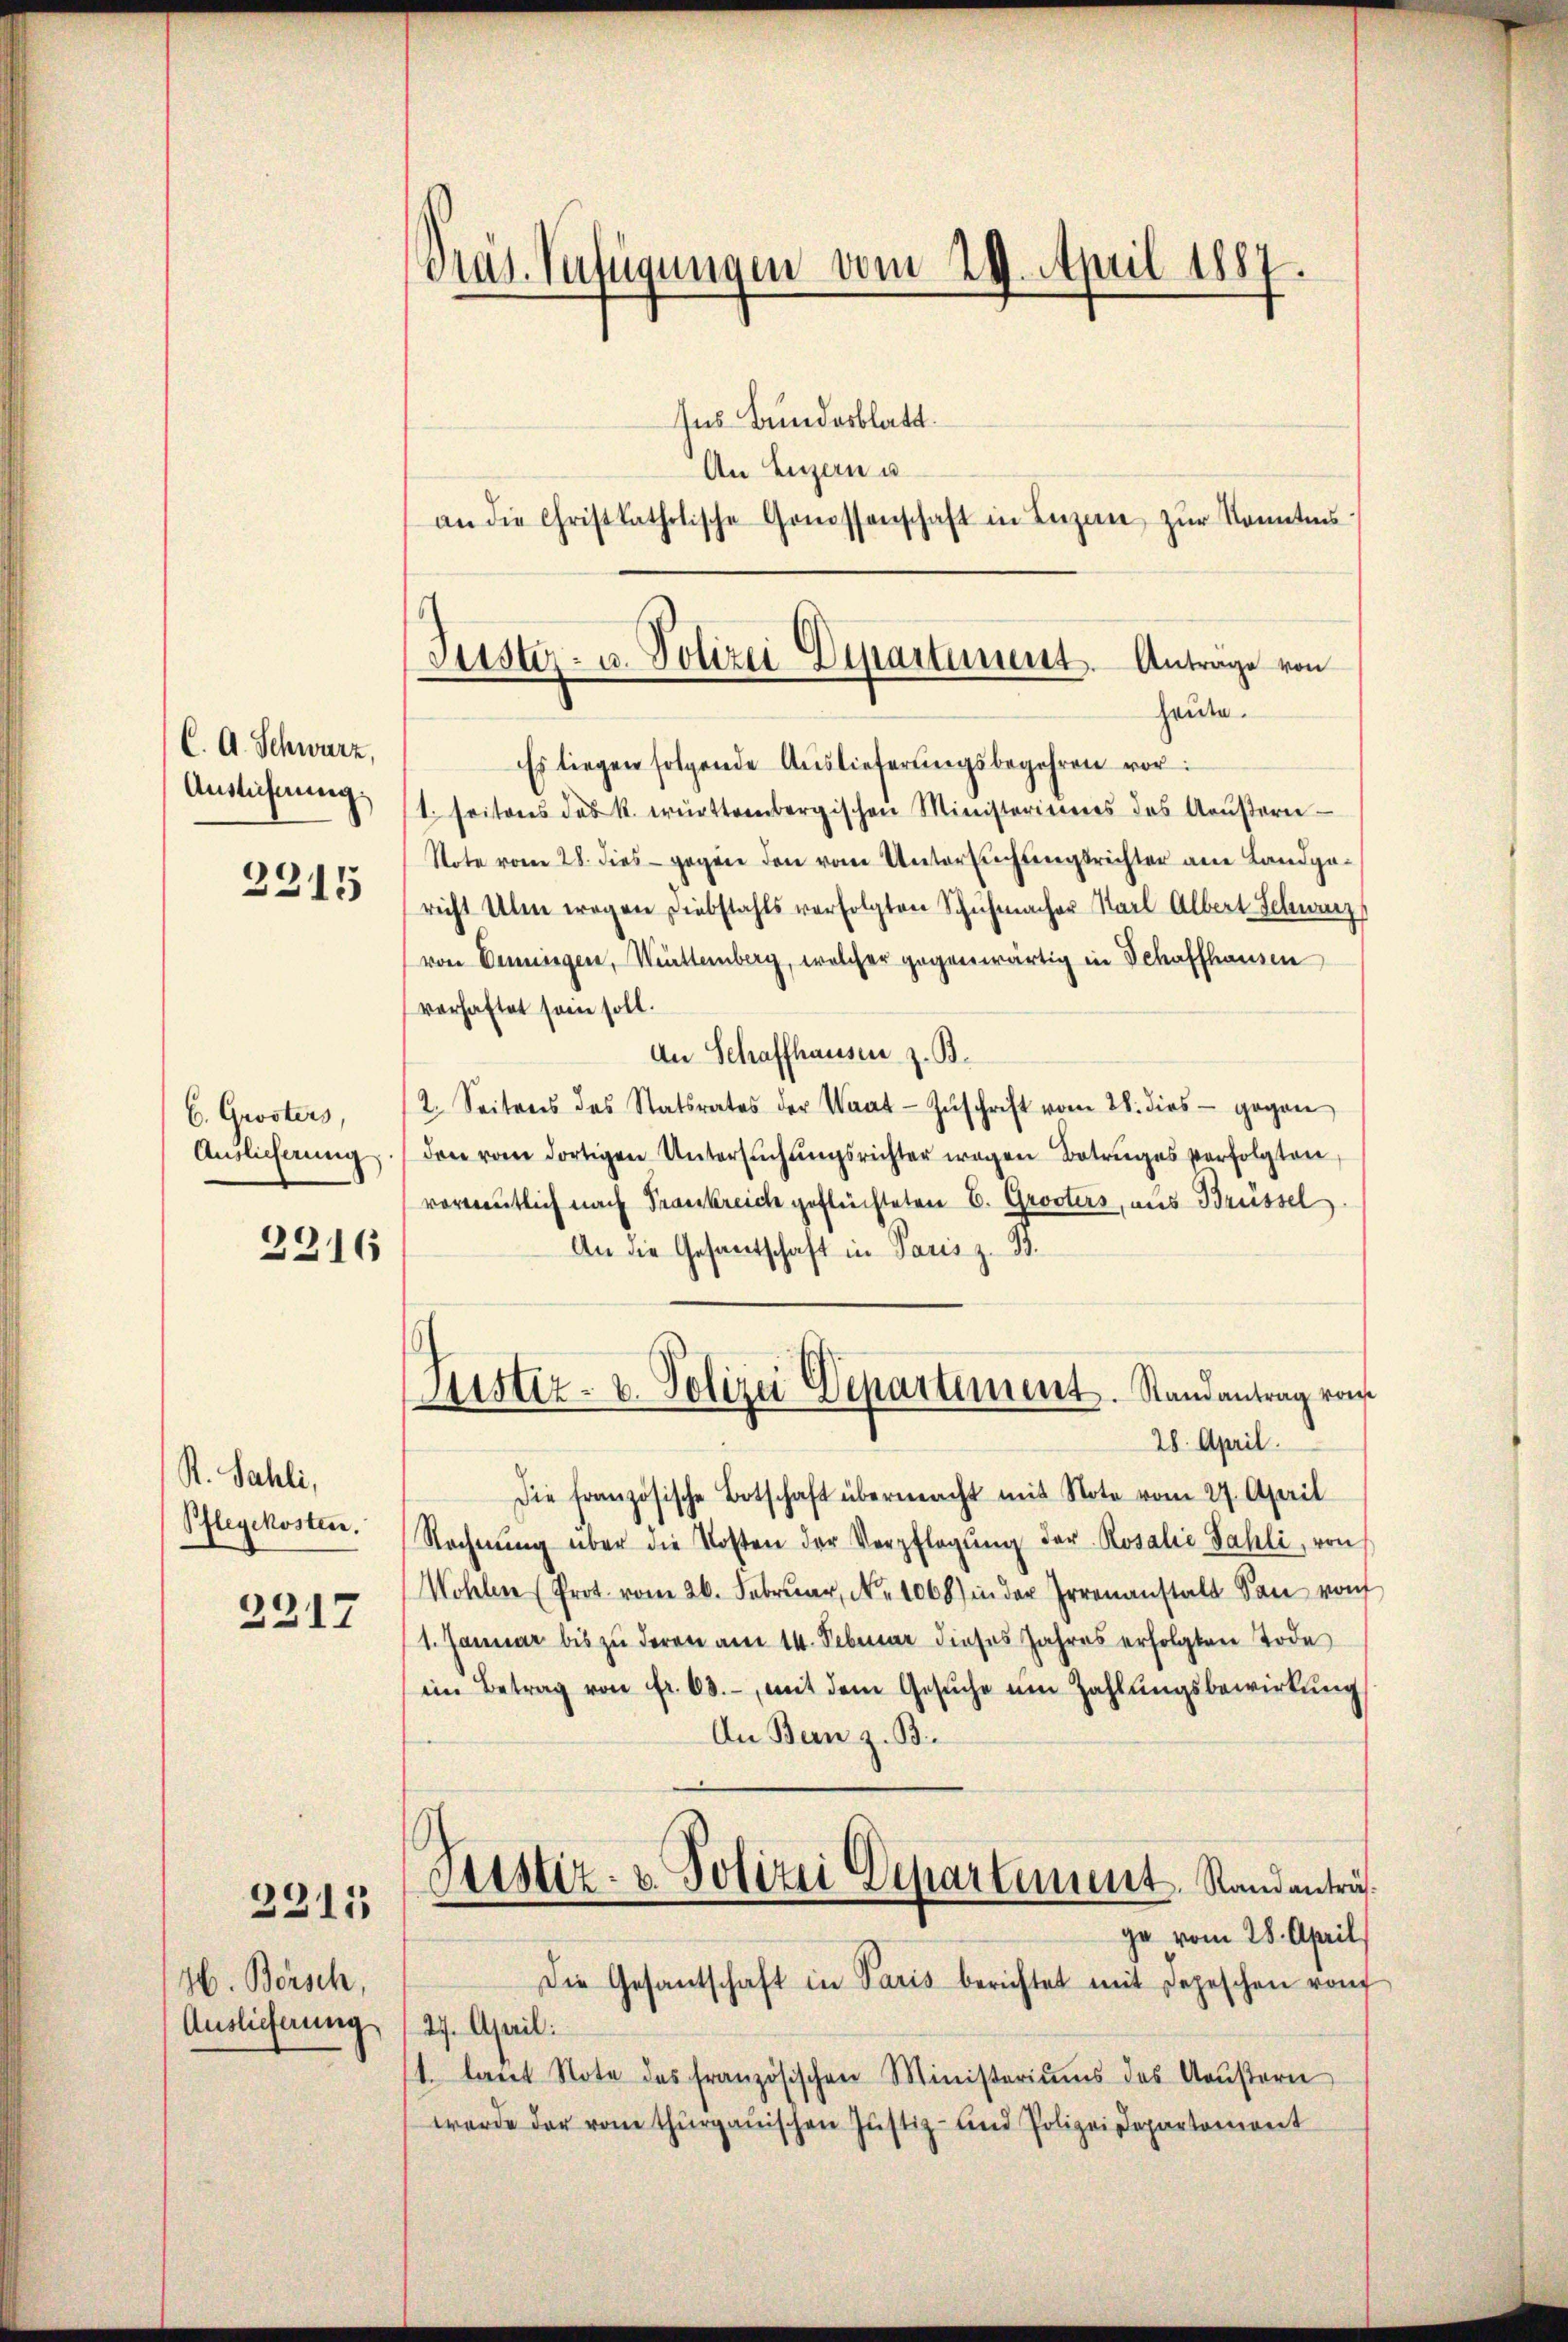
C. A. Schwarz,
Aussicherung.

2315

C. Grösters,
Auslieferung

2316

R. Sahli,
Pflegekosten.

2317

2315

H. Bersch,
Auslieferung

Vrat. Verfügungen vom 29. April 1887.

Jüster- u. Polizei Dipartement. Antrage von
heute.

Ins Bundesblatt.
An Luzern u.
an die Christkatholische Genossenschaft in Luzern zŭr Kenntnis
Es liegen folgende Auslieferungsbegehren vor
1. seiteres das k. württembergischen Ministerierens des Aaŭβern
Note vom 28. dies - gegen den vom Untersuchungsrichter ane Landgericht Ulm wegen Diebstahls verfolgten Schuhmacher Karl Albert Schwarz
von Benningen, Württemberg, welcher gegenwärtig in Schaffhausen
verhaftet sein soll.
An Schaffhausen z. B.
2. Seitens des Statsrates der Waat Zŭschrift vom 28. dies gegen
den vom dortigen Untersŭchŭngsrichter wegen Betruges verfolgten,
vormutlich nach Frankreich geflüchteten E. Grösters, aus Brüssel
An die Gesantschaft in Paris z. B.
Justiz- u. Polizei Departement. Randantrag von
28. April.
Die französische Botschaft übermacht mit Note vom 27. April
Rechnŭng über die Kosten der Verpflegŭng der Rosalie Sahli, von
Wohlen (Prot. vom 26. Febrŭar Nr. 1068) in der Irrenanstalt San von
1. Januar bis zu deren am 14. Februar dieses Jahres erfolgten Tode
im Betrag von fr. 63. mit dem Gesŭche um Zahlŭngsbewirtŭng
An Bern z. B.
Sistiz- u. Polizei Departement. Randanträg
ge vom 28. April
Die Gesantschaft in Paris berichtet mit Depeschen vom
27. April:
1. laŭt Note des französischen Ministeriums des Kaŭβern
werde der von thurgauischen Justiz- und Polizeidepartemont